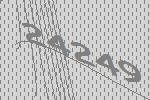
24249